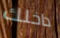
داخلك